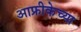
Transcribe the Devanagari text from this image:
आफ्रीकेच्या